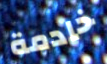
خادمة